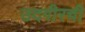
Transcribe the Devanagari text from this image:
उदगीरची